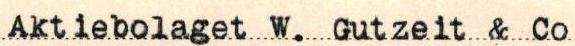
Aktiebolaget W. Gutzeit & Co